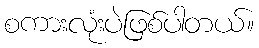
စကားလုံးပဲဖြစ်ပါတယ်။